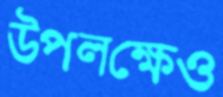
উপলক্ষেও